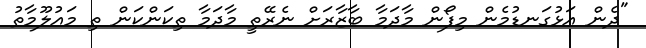
"ދެން އަޅުގަނޑުމެން މިފޯން މާދަމާ ބާޒާރަށް ނެރޭތީ މާދަމާ ތިކަންކަން ތި މައުލޫމާތު